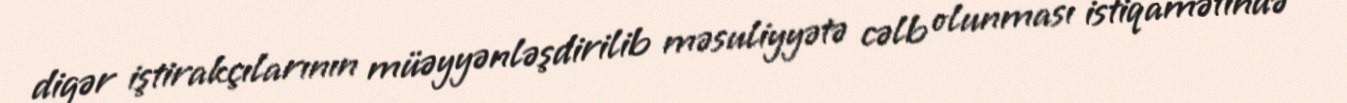
digər iştirakçılarının müəyyənləşdirilib məsuliyyətə cəlb olunması istiqamətində